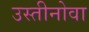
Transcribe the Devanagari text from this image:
उस्तीनोवा